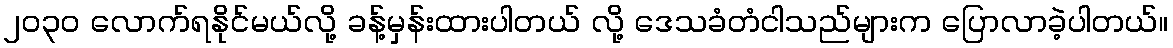
၂၀၃၀ လောက်ရနိုင်မယ်လို့ ခန့်မှန်းထားပါတယ် လို့ ဒေသခံတံငါသည်များက ပြောလာခဲ့ပါတယ်။